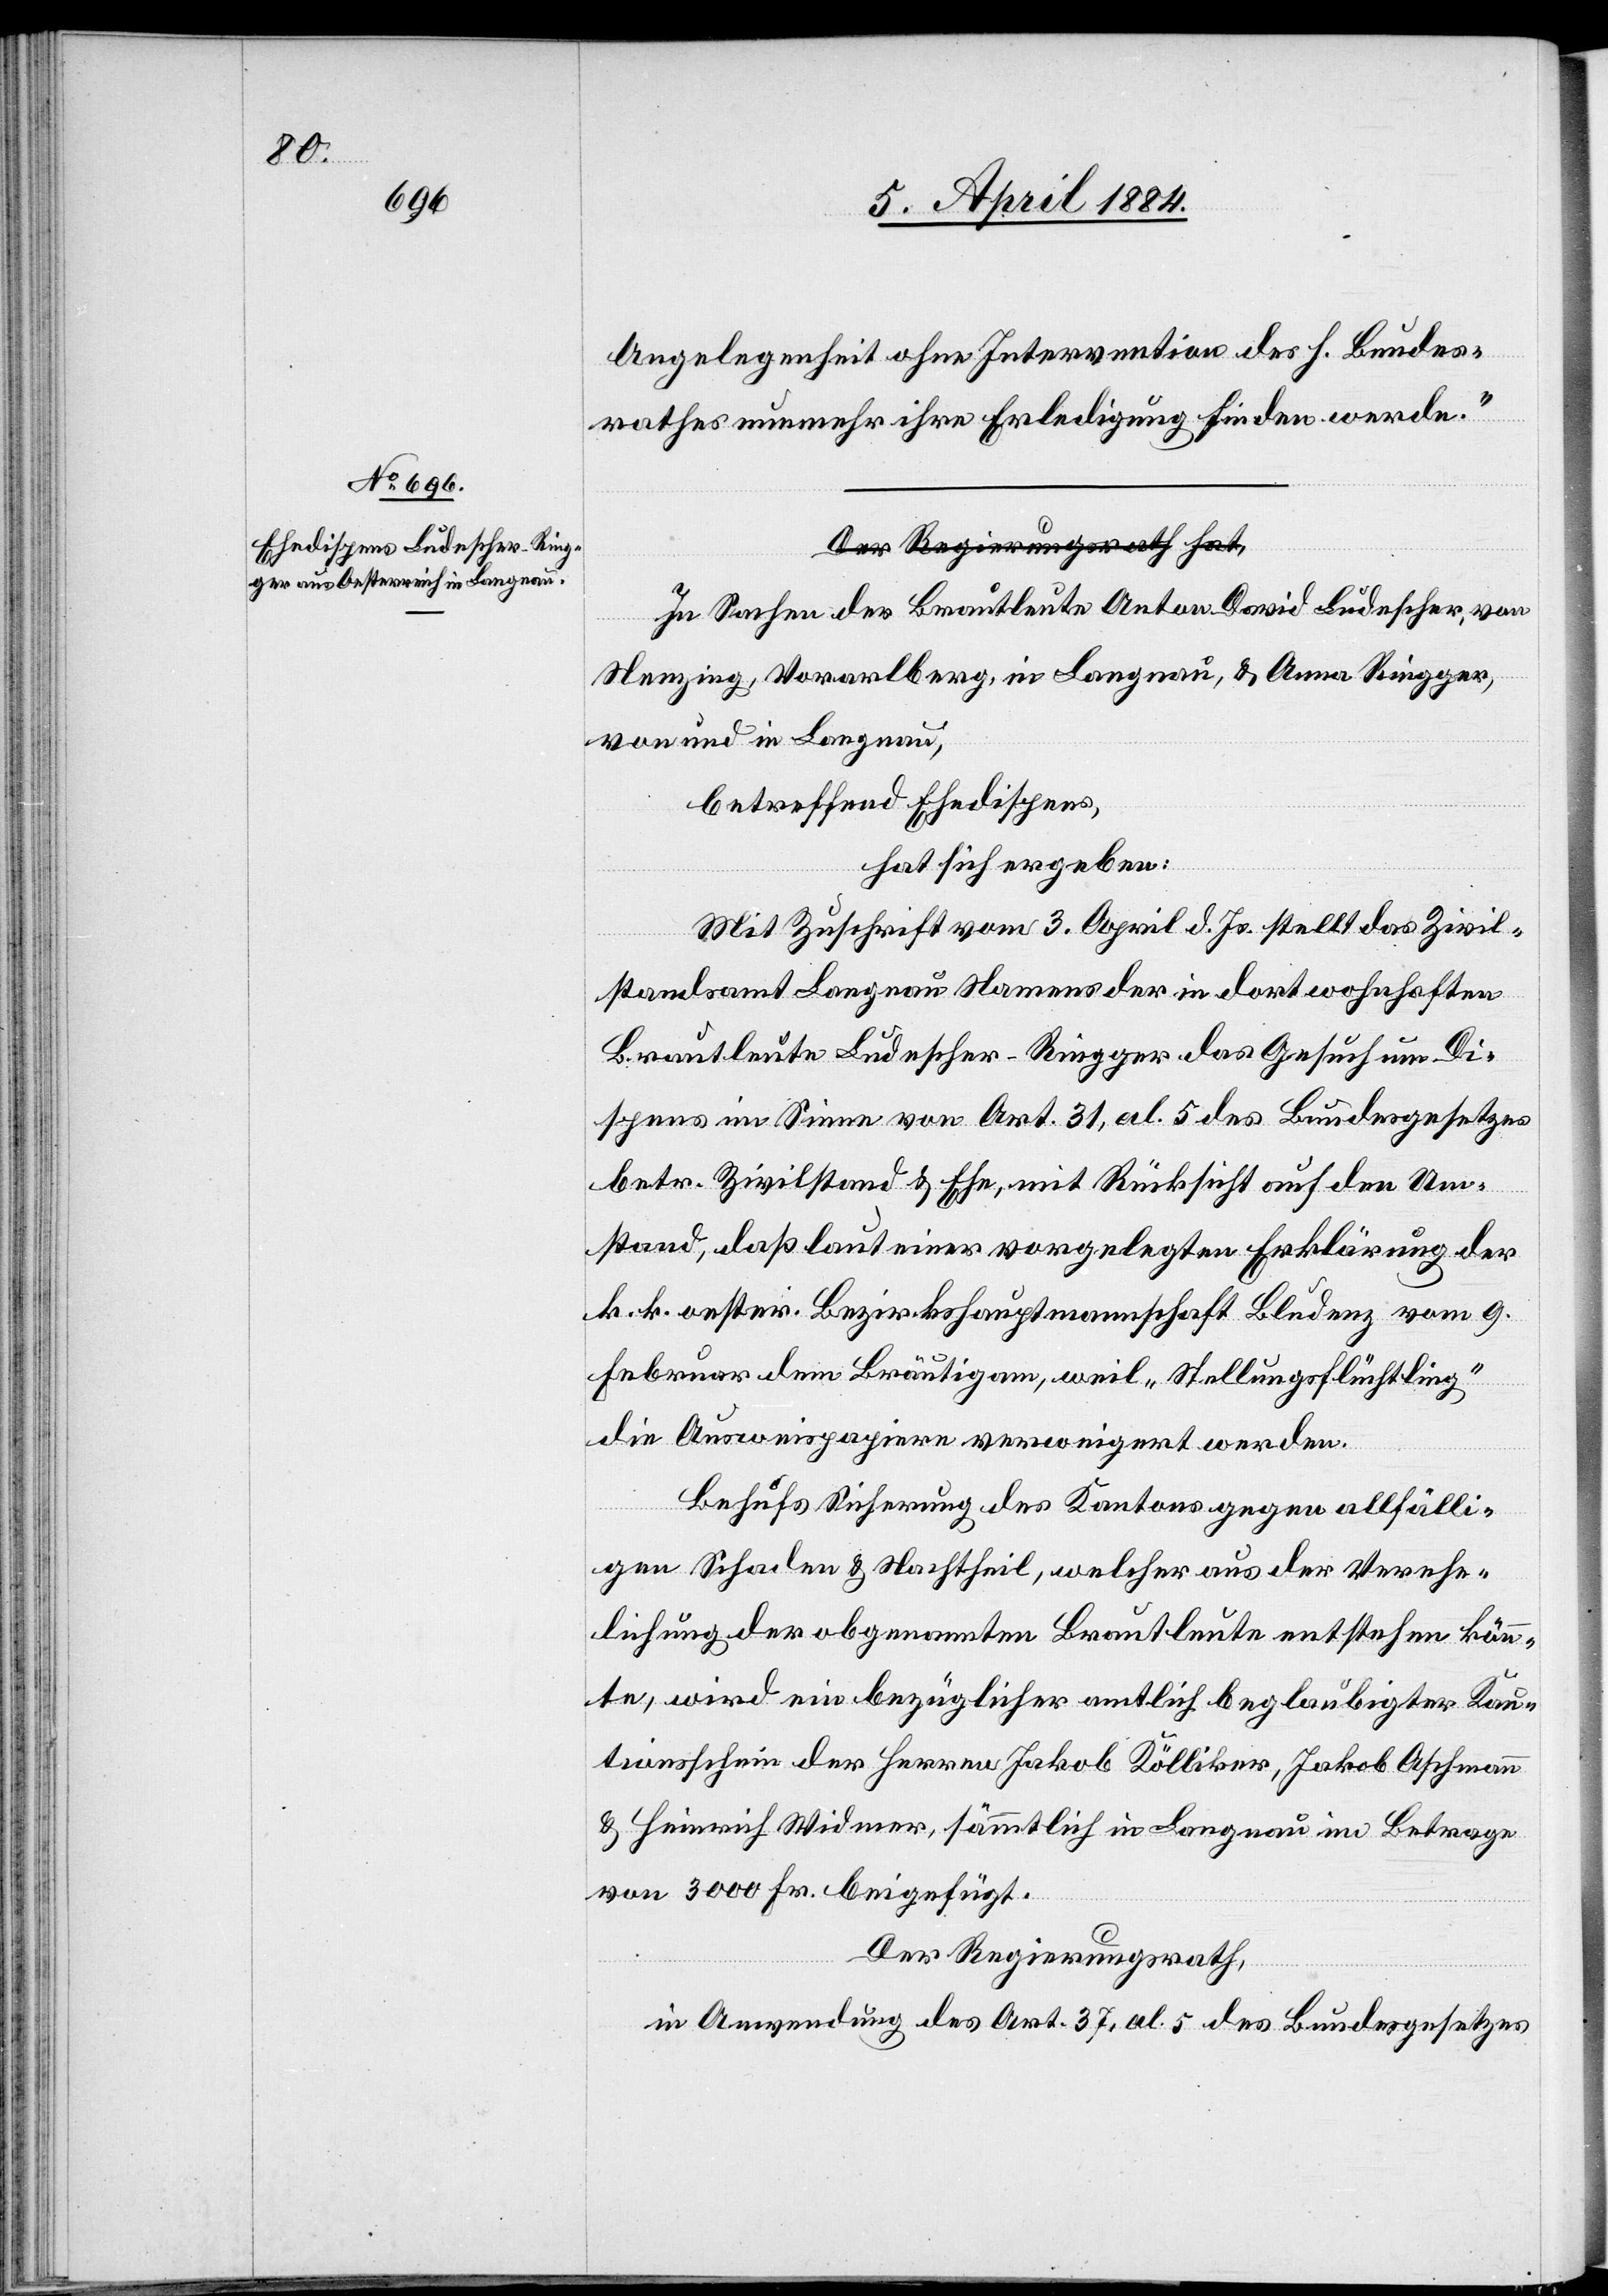
Angelegenheit ohne Intervention des h. Bundes¬
rathes nunmehr ihre Erledigung finden werde.“
a-Der Regierungsrath hat,-a
In Sachen der Brautleute Anton David Ludescher, von
Nenzing, Vorarlberg, in Langnau, & Anna Ringger,
von und in Langnau,
betreffend Ehedispens,
hat sich ergeben.
Mit Zuschrift vom 3. April d. Js. stellt das Zivil¬
standamt Langnau Namens der in dort wohnhaften
Brautleute Ludescher-Ringger das Gesuch um Di¬
spens im Sinne von Art. 31, al. 5 des Bundesgesetzes
betr. Zivilstand & Ehe, mit Rücksicht auf den Um¬
stand, daß laut einer vorgelegten Erklärung der
k. k. oester. Bezirkshauptmannschaft Bludenz vom 9.
Februar dem Bräutigam, weil „Stellungsflüchtling“
die Ausweispapiere verweigert werden.
Behufs Sicherung des Kantons gegen allfälli¬
gen Schaden & Nachtheil, welcher aus der Verehe¬
lichung der obgenannten Brautleute entstehen könn¬
te, wird ein bezüglicher amtlich beglaubigter Kau¬
tionsschein der Herren Jakob Kölliker, Jakob Aschmann
& Heinrich Widmer, sämmtlich in Langnau im Betrage
von 3000 Fr. beigefügt.
Der Regierungsrath,
in Anwendung des Art. 37, al. 5 des Bundesgesetzes